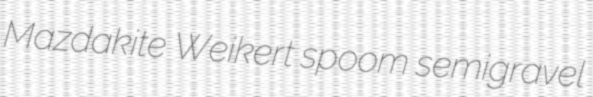
Mazdakite Weikert spoom semigravel